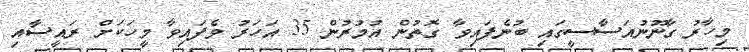
މިހާރު ގާނޫނުއަސާސީގައި ބުނެފައިވާ ގޮތުން އުމުރުން 35 އަހަރު ވެފައިވާ މީހަކަށް ރައީސާއި